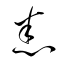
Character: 悉